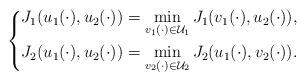
LaTeX: \begin{align*}\left\{\begin{aligned}J_1(u_1(\cdot),u_2(\cdot))=\min\limits_{v_1(\cdot)\in \mathcal{U}_1}J_1(v_1(\cdot),u_2(\cdot)),\\J_2(u_1(\cdot),u_2(\cdot))=\min\limits_{v_2(\cdot)\in \mathcal{U}_2}J_2(u_1(\cdot),v_2(\cdot)).\\\end{aligned}\right.\end{align*}